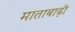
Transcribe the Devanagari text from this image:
माताबाढ़ी